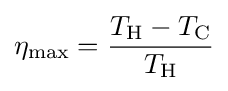
\eta _{\text{max}}={\frac {T_{\mathrm {H} }-T_{\mathrm {C} }}{T_{\mathrm {H} }}}